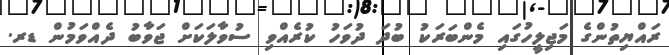
ރައްޔިތުންގެ މަޖިލީހުގައި މެންބަރަކު ބުދަ ދުވަހު ކުރެއްވި ސުވާލަކަށް ޖަވާބު ދެއްވަމުން ޑރ.